Report of the King Institute of Preventive Medicine, Guindy
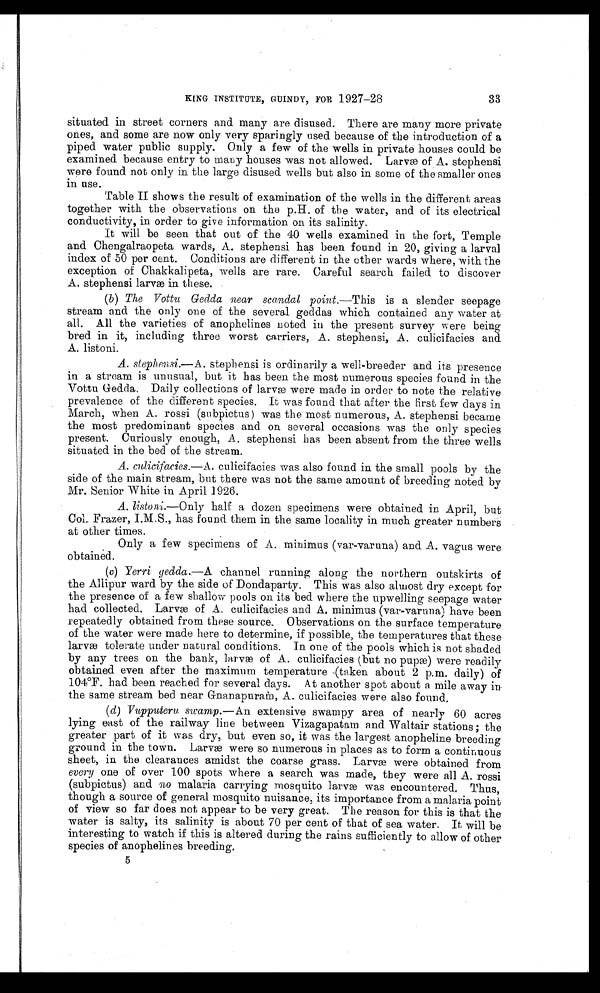
KING INSTITUTE, GUINDY, FOR 1927-28
33
situated in street corners and many are disused. There are many more private
ones, and some are now only very sparingly used because of the introduction of a
piped water public supply. Only a few of the wells in private houses could be
examined because entry to many houses was not allowed. Larvæ of A. stephensi
were found not only in the large disused wells but also in some of the smaller ones
in use.
Table II shows the result of examination of the wells in the different areas
together with the observations on the p.H. of the water, and of its electrical
conductivity, in order to give information on its salinity.
It will be seen that out of the 40 wells examined in the fort, Temple
and Chengalraopeta wards, A. stephensi has been found in 20, giving a larval
index of 50 per cent. Conditions are different in the other wards where, with the
exception of Chakkalipeta, wells are rare. Careful search failed to discover
A. stephensi larvæ in these. .
( b ) The Vottu Gedda near scandal point. —This is a slender seepage
stream and the only one of the several geddas which contained any water at
all. All the varieties of anophelines noted in the present survey were being
bred in it, including three worst carriers, A. stephensi, A. culicifacies and
A. listoni.
A. stephensi.— A. stephensi is ordinarily a well-breeder and its presence
in a stream is unusual, but it has been the most numerous species found in the
Vottu Gedda Daily collections of larvæ were made in order to note the relative
prevalence of the different species. It was found that after the first few days in.
March, when A. rossi (subpictus) was the most numerous, A. stephensi became
the most predominant species and on several occasions was the only species
present. Curiously enough, A. stephensi has been absent from the three wells
situated in the bed of the stream.
A. culicifacies.— A . culicifacies was also found in the small pools by the
side of the main stream, but there was not the same amount of breeding noted by
Mr. Senior White in April 1926.
A. listoni,.— Only half a dozen specimens were obtained in April, but
Col,. Frazer, I.M.S., has found them in the same locality in much greater number s
at other times.
Only a few specimens of A. minimus (var-varuna) and A. vagus were
obtained.
(c) Yerri gedda.—A channel running along the northern outskirts of
the Allipur ward by the side of Dondaparty. This was also almost dry except for
the presence of a few shallow pools on its bed where the upwelling seepage water
had collected. Larvæ of A. culicifacies and A. minimus (var-varuna) have been
repeatedly obtained from these source. Observations on the surface temperature
of the water were made here to determine, if possible, the temperatures that these
larvae tolerate under natural conditions. In one of the pools which is not shaded
by any trees on the bank, larvæ of A. culicifacies (but no pupæ) were readily
obtained even after the maximum temperature (taken about 2 p.m. daily) of
104°F. had been reached for several days. At another spot about a mile away in
the same stream bed near Gnanapuram, A. culicifacies were also found.
( d) Vupputeru swamp.— An extensive swampy area of nearly 60 acres
lying east of the railway line between Vizagapatam and Waltair stations; the
greater part of it was dry, but even so, it was the largest anopheline breeding
ground in the town. Larvæ were so numerous in places as to form a continuo-us
sheet, in the clearances amidst the coarse grass. Larva were obtained from
every one of over 100 spots where a search was made, they were all A. rossi
(subpictus) and no malaria, carrying mosquito larvæ was encountered. Thus,
though a source of general mosquito nuisance, its importance from a malaria point
of view so far does not appear to be very great. The reason for this is that the
water is salty, its salinity is about 70 per cent of that of sea water. It will be
interesting to watch if this is altered during the rains sufficiently to allow of other
species of anophelines breeding.
5